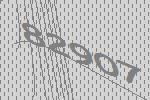
82907